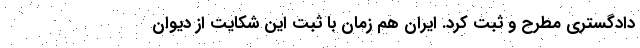
دادگستری مطرح و ثبت کرد. ایران هم زمان با ثبت این شکایت از دیوان